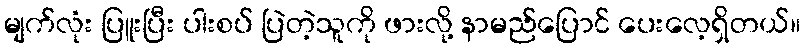
မျက်လုံး ပြူးပြီး ပါးစပ် ပြဲတဲ့သူကို ဖားလို့ နာမည်ပြောင် ပေးလေ့ရှိတယ်။